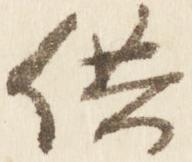
供